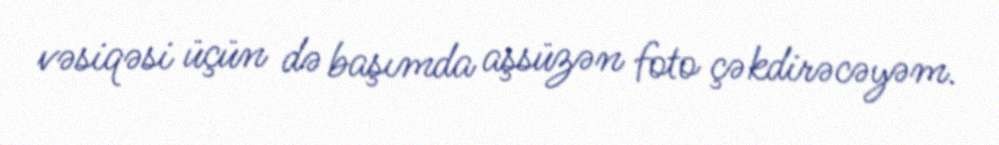
vəsiqəsi üçün də başımda aşsüzən foto çəkdirəcəyəm.